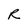
Character: R